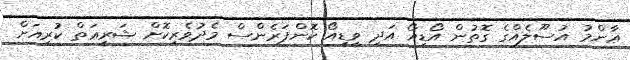
ޢާންމު އުސޫލެއްގެ ގޮތުން އޯޑިއޯ އަދި ވީޑިއޯ ކޮންފަރެންސް މެދުވެރިކޮށް ޝަރީޢަތް ކުރިއަށް